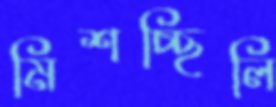
মিশচ্ছিলি